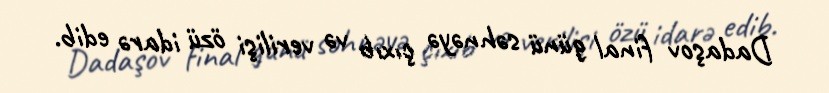
Dadaşov final günü səhnəyə çıxıb və verilişi özü idarə edib.